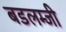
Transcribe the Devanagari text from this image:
बडलम्जी